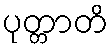
ပုတ္တာတိ